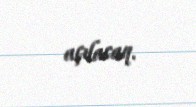
açılacaq.